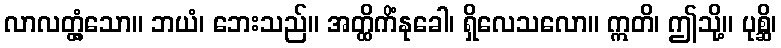
လာလတ္တံ့သော။ ဘယံ၊ ဘေးသည်။ အတ္ထိကိံနုခေါ၊ ရှိလေသလော။ ဣတိ၊ ဤသို့။ ပုစ္ဆိ၊